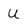
Character: U